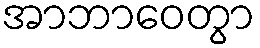
အာဘာဝေတွာ